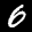
Label: 6